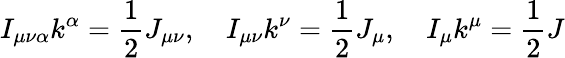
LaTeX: I_{\mu\nu\alpha}k^{\alpha}=\frac{1}{2}J_{\mu\nu},\ \ \ \ I_{\mu\nu}k^{\nu}=\frac{1}{2}J_{\mu},\ \ \ \ I_{\mu}k^{\mu}=\frac{1}{2}J